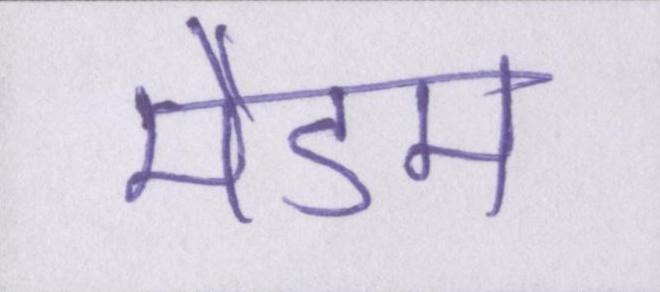
मैडम